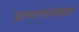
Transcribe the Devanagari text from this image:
प्राथनास्थल